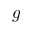
g